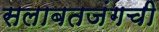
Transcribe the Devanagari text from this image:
सलाबतजंगची